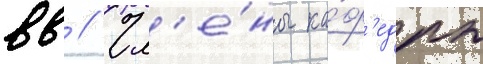
вв // Чл'е́ны ка́ф'едры